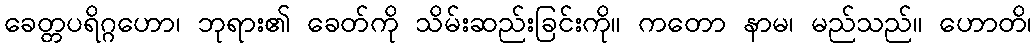
ခေတ္တပရိဂ္ဂဟော၊ ဘုရား၏ ခေတ်ကို သိမ်းဆည်းခြင်းကို။ ကတော နာမ၊ မည်သည်။ ဟောတိ၊